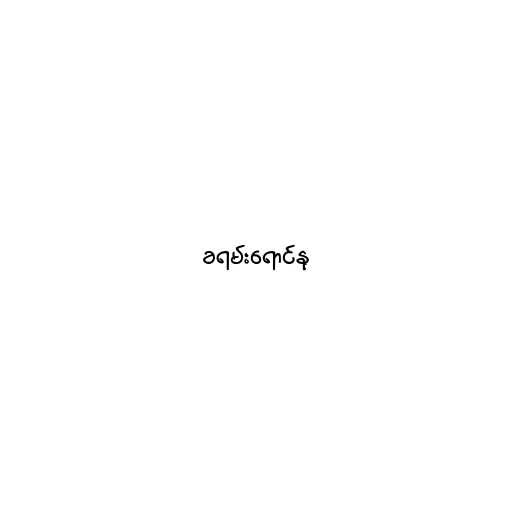
ခရမ်းရောင်နု